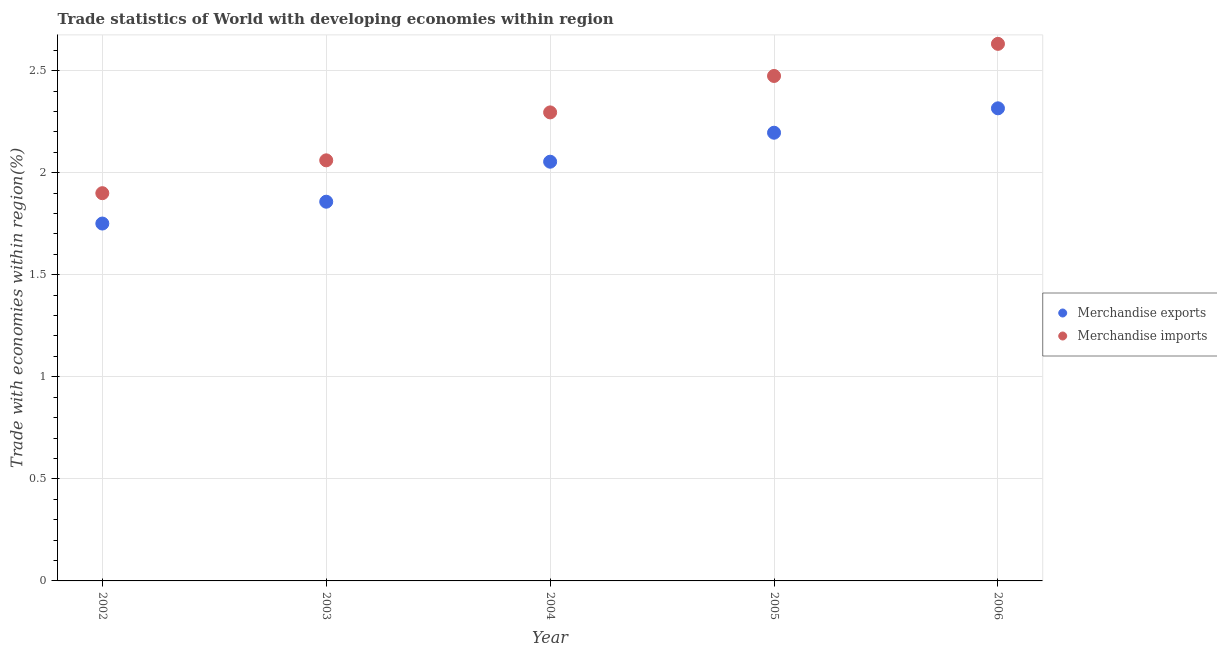
| Year | Merchandise exports | Merchandise imports |
 | --- | --- | --- |
 | 2002 | 1.75 | 1.9 |
 | 2003 | 1.86 | 2.06 |
 | 2004 | 2.05 | 2.3 |
 | 2005 | 2.2 | 2.47 |
 | 2006 | 2.32 | 2.63 |